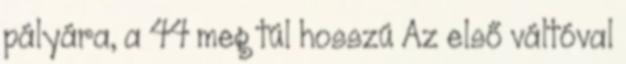
pályára, a 44 meg túl hosszú Az első váltóval